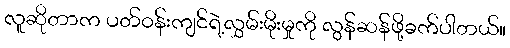
လူဆိုတာက ပတ်ဝန်းကျင်ရဲ့လွှမ်းမိုးမှုကို လွန်ဆန်ဖို့ခက်ပါတယ်။